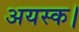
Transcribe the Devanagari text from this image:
अयस्क।